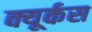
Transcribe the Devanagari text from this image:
क्यूर्कस